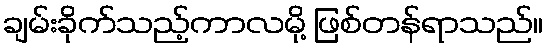
ချမ်းခိုက်သည့်ကာလမို့ ဖြစ်တန်ရာသည်။